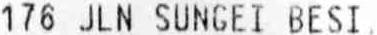
176 JLN SUNGEI BESI,